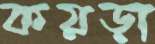
কয়ড়া